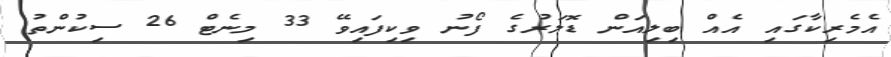
އެމެރިކާގައި އެއް ބިލިއަން ޑޮލަރުގެ ފޯނު ވިކިފައިވޭ 33 މިނެޓް 26 ސިކުންތު